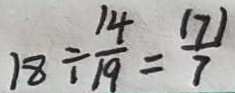
1 8 \div \frac { 1 4 } { 1 9 } = \frac { ( 7 ) } { 7 }